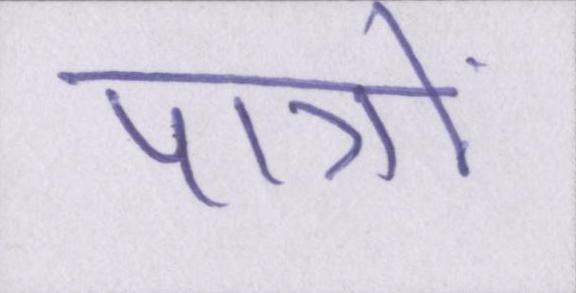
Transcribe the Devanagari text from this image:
पात्रों